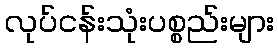
လုပ်ငန်းသုံးပစ္စည်းများ